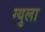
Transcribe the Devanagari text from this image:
ग्युला